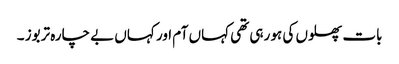
بات پھلوں کی ہو رہی تھی کہاں آم اور کہاں بے چارہ تربوز ۔